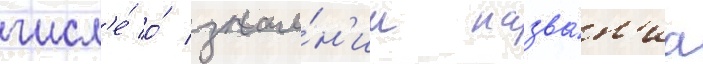
числ'е́ о́ значе́н'ии назва́н'иа